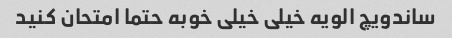
ساندویچ الویه خیلی خیلی خوبه حتما امتحان کنید